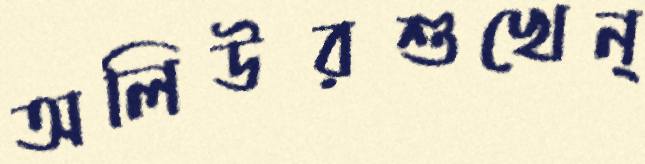
অলিউরশুখেন্